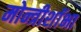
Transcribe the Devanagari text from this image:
मोन्त्रीशाॅभा